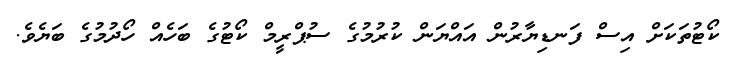
ކޯޓުތަކަށް އިސް ފަނޑިޔާރުން އައްޔަން ކުރުމުގެ ސުޕްރީމް ކޯޓުގެ ބަހެއް ހޯދުމުގެ ބަޔެވެ.